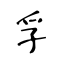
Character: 孚